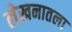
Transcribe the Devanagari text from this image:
लेखनातला